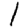
Digit: 1